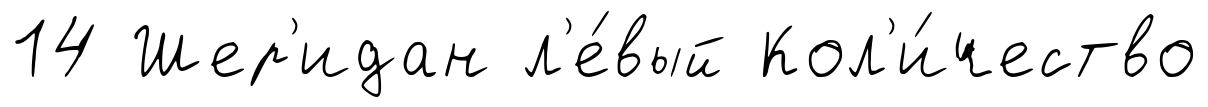
14 Шер'идан л'е́вый Кол'и́чество